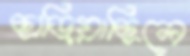
ছাড়িয়াছিলে